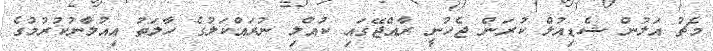
މެޗު އަލުން ޝެޑިއުލް ކުރަން ޖެހުނީ ރާއްޖޭގައި ކުއްލި ނުރައްކަލުގެ ހާލަތު އިއުލާނުކުރުމުގެ